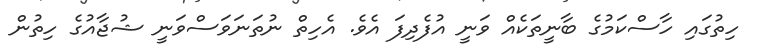
ހިތުގައި ހާސްކަމުގެ ބާނީތަކެއް ވަނީ އުފެދިފަ އެވެ. އެހިތް ނުތަނަވަސްވަނީ ޝުޖާއުގެ ހިތުން